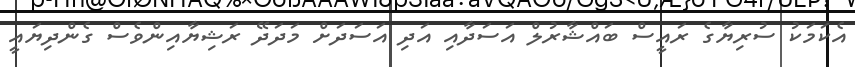
އެކަމަކު ސުރިޔާގެ ރައީސް ބައްޝާރުލް އަސަދާއި އަދި އަސަދަށް މަދަދޭ ރަޝިޔާއިންވެސް ގެންދިޔައީ